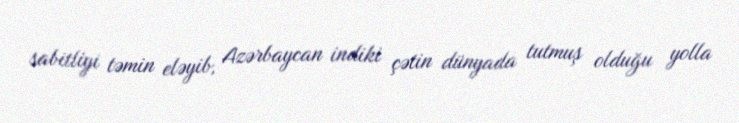
sabitliyi təmin eləyib, Azərbaycan indiki çətin dünyada tutmuş olduğu yolla